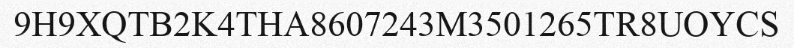
9H9XQTB2K4THA8607243M3501265TR8UOYCS